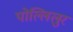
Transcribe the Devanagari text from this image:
पोल्लिलुर